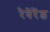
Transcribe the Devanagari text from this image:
रेवेरेंड